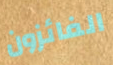
الفائزون